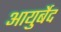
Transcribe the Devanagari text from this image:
आयुर्बेद